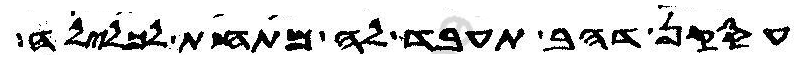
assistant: עסקן דהב תעבד לה מתחת לכלילה